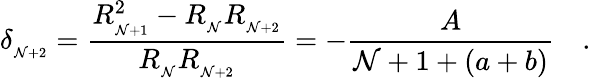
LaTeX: \delta_{_{\mathcal{N}+2}}=\frac{{R_{_{\mathcal{N}+1}}^{2}-R_{_\mathcal{N}}R_{_{\mathcal{N}+2}}}}{{R_{_\mathcal{N}}R_{_{\mathcal{N}+2}}}}=-\frac{{A}}{{\mathcal{N}+1+(a+b)}}\quad.